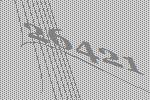
26421